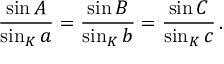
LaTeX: { \frac { \sin A } { \sin _ { K } a } } = { \frac { \sin B } { \sin _ { K } b } } = { \frac { \sin C } { \sin _ { K } c } } \, .